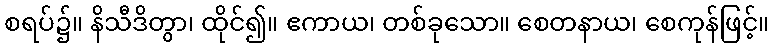
စရပ်၌။ နိသီဒိတွာ၊ ထိုင်၍။ ဧကာယ၊ တစ်ခုသော။ စေတနာယ၊ စေကုန်ဖြင့်။